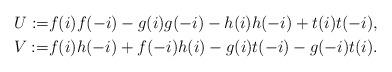
LaTeX: \begin{align*} U:= & f(i)f(-i)-g(i)g(-i)-h(i)h(-i)+t(i)t(-i),\\ V:= & f(i)h(-i)+f(-i)h(i)-g(i)t(-i)-g(-i)t(i).\end{align*}